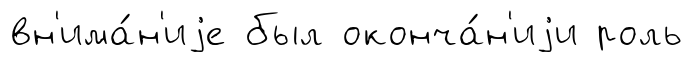
вн'има́н'иjе был оконча́н'иjи роль